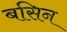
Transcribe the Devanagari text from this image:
बसिन